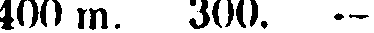
400 m. 300. -